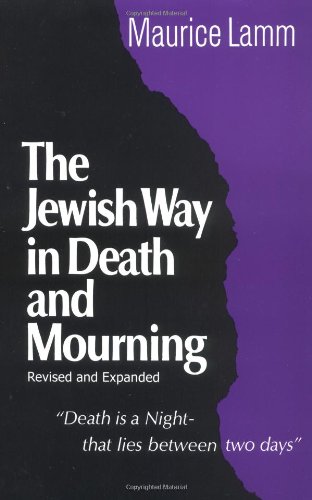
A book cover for The Jewish Way in Death and Mourning; Maurice Lamm; History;